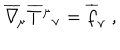
\overline { { \nabla } } _ { \! \mu } \overline { { T } } { ^ \mu } { _ \nu } = \overline { { f } } _ { \nu } \ ,